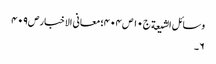
وسائل الشیعة ج١٠ ص ٤٠٤؛ معانی الاخبار ص٤٠٩
٦۔